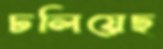
ঢলিয়েছ